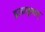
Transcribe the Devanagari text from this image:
इलावृतात्